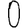
Digit: 0